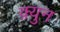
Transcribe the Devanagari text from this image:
क़्युन